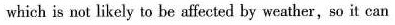
which is not likely to be affected by weather, so it can